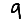
Digit: 9